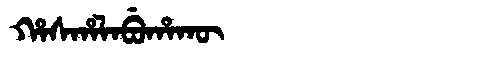
Manchu: ᡥᠠᠰᡥᠠᠯᠠᠪᡠᡥᠠᡴᡡ
Romanization: HASHALABUHAKŪ